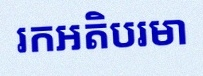
រកអតិបរមា